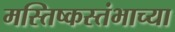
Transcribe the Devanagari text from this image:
मस्तिष्कस्तंभाच्या